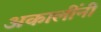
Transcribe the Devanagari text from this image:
अकालींनी